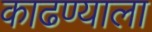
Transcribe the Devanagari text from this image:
काढण्याला